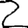
Digit: 2